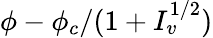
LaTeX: \phi-\phi_{c}/(1+I_{v}^{1/2})